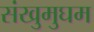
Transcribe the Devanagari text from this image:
संखुमुघम